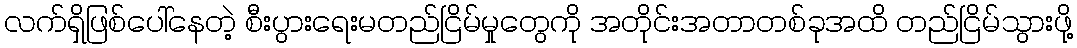
လက်ရှိဖြစ်ပေါ်နေတဲ့ စီးပွားရေးမတည်ငြိမ်မှုတွေကို အတိုင်းအတာတစ်ခုအထိ တည်ငြိမ်သွားဖို့